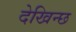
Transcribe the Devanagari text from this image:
देखिन्छ